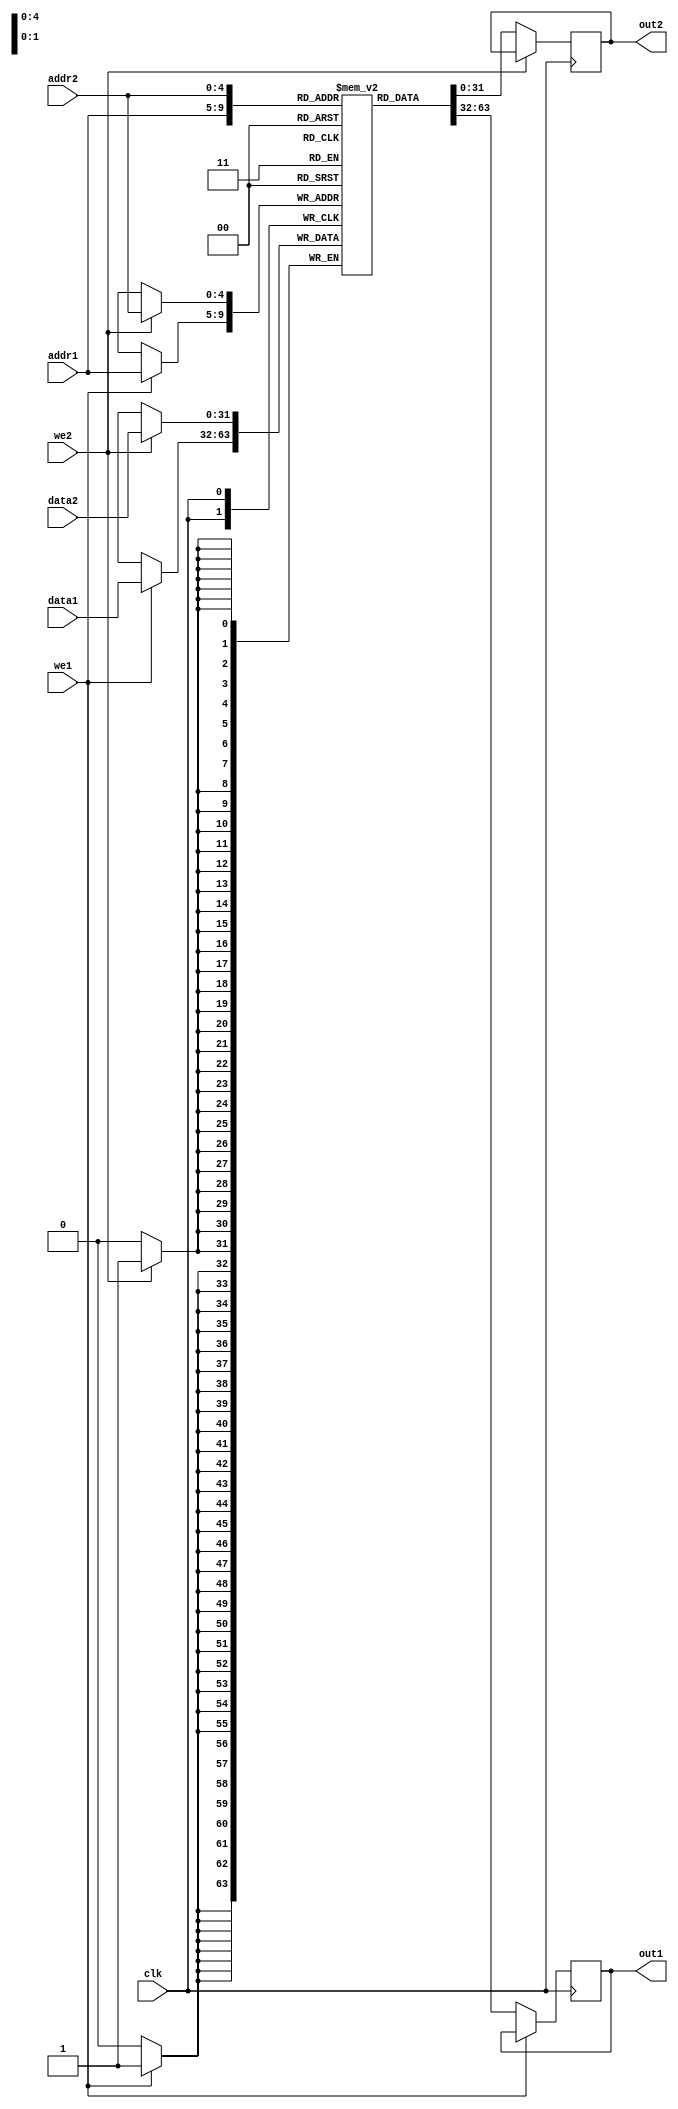
`define OR1200_DCFGR_NDP		3'h0	// Zero DVR/DCR pairs
`define OR1200_DCFGR_WPCI		1'b0	// WP counters not impl.

`define OR1200_DCFGR_RES1		28'h0000000




`define OR1200_M2R_BYTE0 4'b0000
`define OR1200_M2R_BYTE1 4'b0001
`define OR1200_M2R_BYTE2 4'b0010
`define OR1200_M2R_BYTE3 4'b0011
`define OR1200_M2R_EXTB0 4'b0100
`define OR1200_M2R_EXTB1 4'b0101
`define OR1200_M2R_EXTB2 4'b0110
`define OR1200_M2R_EXTB3 4'b0111
`define OR1200_M2R_ZERO  4'b0000


`define OR1200_ICCFGR_NCW		3'h0	// 1 cache way
`define OR1200_ICCFGR_NCS 9	// Num cache sets
`define OR1200_ICCFGR_CBS 9	// 16 byte cache block
`define OR1200_ICCFGR_CWS		1'b0	// Irrelevant
`define OR1200_ICCFGR_CCRI		1'b1	// Cache control reg impl.
`define OR1200_ICCFGR_CBIRI		1'b1	// Cache block inv reg impl.
`define OR1200_ICCFGR_CBPRI		1'b0	// Cache block prefetch reg not impl.
`define OR1200_ICCFGR_CBLRI		1'b0	// Cache block lock reg not impl.
`define OR1200_ICCFGR_CBFRI		1'b1	// Cache block flush reg impl.
`define OR1200_ICCFGR_CBWBRI		1'b0	// Irrelevant
`define OR1200_ICCFGR_RES1		17'h00000

//`define OR1200_ICCFGR_NCW_BITS		2:0
//`define OR1200_ICCFGR_NCS_BITS		6:3
`define OR1200_ICCFGR_CBS_BITS		7
`define OR1200_ICCFGR_CWS_BITS		8
`define OR1200_ICCFGR_CCRI_BITS		9
`define OR1200_ICCFGR_CBIRI_BITS	10
`define OR1200_ICCFGR_CBPRI_BITS	11
`define OR1200_ICCFGR_CBLRI_BITS	12
`define OR1200_ICCFGR_CBFRI_BITS	13
`define OR1200_ICCFGR_CBWBRI_BITS	14
//`define OR1200_ICCFGR_RES1_BITS	31:15


`define OR1200_DCCFGR_NCW		3'h0	// 1 cache way
`define OR1200_DCCFGR_NCS 9	// Num cache sets
`define OR1200_DCCFGR_CBS 9	// 16 byte cache block
`define OR1200_DCCFGR_CWS		1'b0	// Write-through strategy
`define OR1200_DCCFGR_CCRI		1'b1	// Cache control reg impl.
`define OR1200_DCCFGR_CBIRI		1'b1	// Cache block inv reg impl.
`define OR1200_DCCFGR_CBPRI		1'b0	// Cache block prefetch reg not impl.
`define OR1200_DCCFGR_CBLRI		1'b0	// Cache block lock reg not impl.
`define OR1200_DCCFGR_CBFRI		1'b1	// Cache block flush reg impl.
`define OR1200_DCCFGR_CBWBRI		1'b0	// Cache block WB reg not impl.
`define OR1200_DCCFGR_RES1		17'h00000



//`define OR1200_DCCFGR_NCW_BITS		2:0
//`define OR1200_DCCFGR_NCS_BITS		6:3
`define OR1200_DCCFGR_CBS_BITS		7
`define OR1200_DCCFGR_CWS_BITS		8
`define OR1200_DCCFGR_CCRI_BITS		9
`define OR1200_DCCFGR_CBIRI_BITS	10
`define OR1200_DCCFGR_CBPRI_BITS	11
`define OR1200_DCCFGR_CBLRI_BITS	12
`define OR1200_DCCFGR_CBFRI_BITS	13
`define OR1200_DCCFGR_CBWBRI_BITS	14
//`define OR1200_DCCFGR_RES1_BITS	31:15


`define OR1200_IMMUCFGR_NTW		2'h0	// 1 TLB way
`define OR1200_IMMUCFGR_NTS 3'b101	// Num TLB sets
`define OR1200_IMMUCFGR_NAE		3'h0	// No ATB entry
`define OR1200_IMMUCFGR_CRI		1'b0	// No control reg
`define OR1200_IMMUCFGR_PRI		1'b0	// No protection reg
`define OR1200_IMMUCFGR_TEIRI		1'b1	// TLB entry inv reg impl
`define OR1200_IMMUCFGR_HTR		1'b0	// No HW TLB reload
`define OR1200_IMMUCFGR_RES1		20'h00000

// CPUCFGR fields
//`define OR1200_CPUCFGR_NSGF_BITS	3:0
`define OR1200_CPUCFGR_HGF_BITS	4
`define OR1200_CPUCFGR_OB32S_BITS	5
`define OR1200_CPUCFGR_OB64S_BITS	6
`define OR1200_CPUCFGR_OF32S_BITS	7
`define OR1200_CPUCFGR_OF64S_BITS	8
`define OR1200_CPUCFGR_OV64S_BITS	9
//`define OR1200_CPUCFGR_RES1_BITS	31:10

// CPUCFGR values
`define OR1200_CPUCFGR_NSGF		4'h0
`define OR1200_CPUCFGR_HGF		1'b0
`define OR1200_CPUCFGR_OB32S		1'b1
`define OR1200_CPUCFGR_OB64S		1'b0
`define OR1200_CPUCFGR_OF32S		1'b0
`define OR1200_CPUCFGR_OF64S		1'b0
`define OR1200_CPUCFGR_OV64S		1'b0
`define OR1200_CPUCFGR_RES1		22'h000000

// DMMUCFGR fields
/*
`define OR1200_DMMUCFGR_NTW_BITS	1:0
`define OR1200_DMMUCFGR_NTS_BITS	4:2
`define OR1200_DMMUCFGR_NAE_BITS	7:5
*/
`define OR1200_DMMUCFGR_CRI_BITS	8
`define OR1200_DMMUCFGR_PRI_BITS	9
`define OR1200_DMMUCFGR_TEIRI_BITS	10
`define OR1200_DMMUCFGR_HTR_BITS	11
//`define OR1200_DMMUCFGR_RES1_BITS	31:12

// DMMUCFGR values

`define OR1200_DMMUCFGR_NTW		2'h0	// 1 TLB way
`define OR1200_DMMUCFGR_NTS 3'b110	// Num TLB sets
`define OR1200_DMMUCFGR_NAE		3'h0	// No ATB entries
`define OR1200_DMMUCFGR_CRI		1'b0	// No control register
`define OR1200_DMMUCFGR_PRI		1'b0	// No protection reg
`define OR1200_DMMUCFGR_TEIRI		1'b1	// TLB entry inv reg impl.
`define OR1200_DMMUCFGR_HTR		1'b0	// No HW TLB reload
`define OR1200_DMMUCFGR_RES1		20'h00000


// IMMUCFGR fields
/*
`define OR1200_IMMUCFGR_NTW_BITS	1:0
`define OR1200_IMMUCFGR_NTS_BITS	4:2
`define OR1200_IMMUCFGR_NAE_BITS	7:5
*/
`define OR1200_IMMUCFGR_CRI_BITS	8
`define OR1200_IMMUCFGR_PRI_BITS	9
`define OR1200_IMMUCFGR_TEIRI_BITS	10
`define OR1200_IMMUCFGR_HTR_BITS	11

//`define OR1200_IMMUCFGR_RES1_BITS	31:12



`define OR1200_SPRGRP_SYS_VR		4'h0
`define OR1200_SPRGRP_SYS_UPR		4'h1
`define OR1200_SPRGRP_SYS_CPUCFGR	4'h2
`define OR1200_SPRGRP_SYS_DMMUCFGR	4'h3
`define OR1200_SPRGRP_SYS_IMMUCFGR	4'h4
`define OR1200_SPRGRP_SYS_DCCFGR	4'h5
`define OR1200_SPRGRP_SYS_ICCFGR	4'h6
`define OR1200_SPRGRP_SYS_DCFGR	4'h7

// VR fields
/*
`define OR1200_VR_REV_BITS		5:0
`define OR1200_VR_RES1_BITS		15:6
`define OR1200_VR_CFG_BITS		23:16
`define OR1200_VR_VER_BITS		31:24
*/
// VR values
`define OR1200_VR_REV			6'h01
`define OR1200_VR_RES1			10'h000
`define OR1200_VR_CFG			8'h00
`define OR1200_VR_VER			8'h12

`define OR1200_UPR_UP_BITS		0
`define OR1200_UPR_DCP_BITS		1
`define OR1200_UPR_ICP_BITS		2
`define OR1200_UPR_DMP_BITS		3
`define OR1200_UPR_IMP_BITS		4
`define OR1200_UPR_MP_BITS		5
`define OR1200_UPR_DUP_BITS		6
`define OR1200_UPR_PCUP_BITS		7
`define OR1200_UPR_PMP_BITS		8
`define OR1200_UPR_PICP_BITS		9
`define OR1200_UPR_TTP_BITS		10
/*
`define OR1200_UPR_RES1_BITS		23:11
`define OR1200_UPR_CUP_BITS		31:24
*/

`define OR1200_UPR_RES1			13'h0000
`define OR1200_UPR_CUP			8'h00


`define OR1200_DU_DSR_WIDTH 14


`define OR1200_EXCEPT_UNUSED		3'hf
`define OR1200_EXCEPT_TRAP		3'he
`define OR1200_EXCEPT_BREAK		3'hd
`define OR1200_EXCEPT_SYSCALL		3'hc
`define OR1200_EXCEPT_RANGE		3'hb
`define OR1200_EXCEPT_ITLBMISS		3'ha
`define OR1200_EXCEPT_DTLBMISS		3'h9
`define OR1200_EXCEPT_INT		3'h8
`define OR1200_EXCEPT_ILLEGAL		3'h7
`define OR1200_EXCEPT_ALIGN		3'h6
`define OR1200_EXCEPT_TICK		3'h5
`define OR1200_EXCEPT_IPF		3'h4
`define OR1200_EXCEPT_DPF		3'h3
`define OR1200_EXCEPT_BUSERR		3'h2
`define OR1200_EXCEPT_RESET		3'h1
`define OR1200_EXCEPT_NONE		3'h0

`define OR1200_OPERAND_WIDTH		32
`define OR1200_REGFILE_ADDR_WIDTH	5
`define OR1200_ALUOP_WIDTH	4
`define OR1200_ALUOP_NOP	4'b000

`define OR1200_ALUOP_ADD	4'b0000
`define OR1200_ALUOP_ADDC	4'b0001
`define OR1200_ALUOP_SUB	4'b0010
`define OR1200_ALUOP_AND	4'b0011
`define OR1200_ALUOP_OR		4'b0100
`define OR1200_ALUOP_XOR	4'b0101
`define OR1200_ALUOP_MUL	4'b0110
`define OR1200_ALUOP_CUST5	4'b0111
`define OR1200_ALUOP_SHROT	4'b1000
`define OR1200_ALUOP_DIV	4'b1001
`define OR1200_ALUOP_DIVU	4'b1010

`define OR1200_ALUOP_IMM	4'b1011
`define OR1200_ALUOP_MOVHI	4'b1100
`define OR1200_ALUOP_COMP	4'b1101
`define OR1200_ALUOP_MTSR	4'b1110
`define OR1200_ALUOP_MFSR	4'b1111
`define OR1200_ALUOP_CMOV 4'b1110
`define OR1200_ALUOP_FF1  4'b1111

`define OR1200_MACOP_WIDTH	2
`define OR1200_MACOP_NOP	2'b00
`define OR1200_MACOP_MAC	2'b01
`define OR1200_MACOP_MSB	2'b10


`define OR1200_SHROTOP_WIDTH	2
`define OR1200_SHROTOP_NOP	2'b00
`define OR1200_SHROTOP_SLL	2'b00
`define OR1200_SHROTOP_SRL	2'b01
`define OR1200_SHROTOP_SRA	2'b10
`define OR1200_SHROTOP_ROR	2'b11

// Execution cycles per instruction
`define OR1200_MULTICYCLE_WIDTH	2
`define OR1200_ONE_CYCLE		2'b00
`define OR1200_TWO_CYCLES		2'b01

// Operand MUX selects
`define OR1200_SEL_WIDTH		2
`define OR1200_SEL_RF			2'b00
`define OR1200_SEL_IMM			2'b01
`define OR1200_SEL_EX_FORW		2'b10
`define OR1200_SEL_WB_FORW		2'b11

//
// BRANCHOPs
//
`define OR1200_BRANCHOP_WIDTH		3
`define OR1200_BRANCHOP_NOP		3'b000
`define OR1200_BRANCHOP_J		3'b001
`define OR1200_BRANCHOP_JR		3'b010
`define OR1200_BRANCHOP_BAL		3'b011
`define OR1200_BRANCHOP_BF		3'b100
`define OR1200_BRANCHOP_BNF		3'b101
`define OR1200_BRANCHOP_RFE		3'b110

//
// LSUOPs
//
// Bit 0: sign extend
// Bits 1-2: 00 doubleword, 01 byte, 10 halfword, 11 singleword
// Bit 3: 0 load, 1 store
`define OR1200_LSUOP_WIDTH		4
`define OR1200_LSUOP_NOP		4'b0000
`define OR1200_LSUOP_LBZ		4'b0010
`define OR1200_LSUOP_LBS		4'b0011
`define OR1200_LSUOP_LHZ		4'b0100
`define OR1200_LSUOP_LHS		4'b0101
`define OR1200_LSUOP_LWZ		4'b0110
`define OR1200_LSUOP_LWS		4'b0111
`define OR1200_LSUOP_LD		4'b0001
`define OR1200_LSUOP_SD		4'b1000
`define OR1200_LSUOP_SB		4'b1010
`define OR1200_LSUOP_SH		4'b1100
`define OR1200_LSUOP_SW		4'b1110

// FETCHOPs
`define OR1200_FETCHOP_WIDTH		1
`define OR1200_FETCHOP_NOP		1'b0
`define OR1200_FETCHOP_LW		1'b1

//
// Register File Write-Back OPs
//
// Bit 0: register file write enable
// Bits 2-1: write-back mux selects
`define OR1200_RFWBOP_WIDTH		3
`define OR1200_RFWBOP_NOP		3'b000
`define OR1200_RFWBOP_ALU		3'b001
`define OR1200_RFWBOP_LSU		3'b011
`define OR1200_RFWBOP_SPRS		3'b101
`define OR1200_RFWBOP_LR		3'b111

// Compare instructions
`define OR1200_COP_SFEQ       3'b000
`define OR1200_COP_SFNE       3'b001
`define OR1200_COP_SFGT       3'b010
`define OR1200_COP_SFGE       3'b011
`define OR1200_COP_SFLT       3'b100
`define OR1200_COP_SFLE       3'b101
`define OR1200_COP_X          3'b111
`define OR1200_SIGNED_COMPARE 3'b011
`define OR1200_COMPOP_WIDTH	4

//
// TAGs for instruction bus
//
`define OR1200_ITAG_IDLE	4'h0	// idle bus
`define	OR1200_ITAG_NI		4'h1	// normal insn
`define OR1200_ITAG_BE		4'hb	// Bus error exception
`define OR1200_ITAG_PE		4'hc	// Page fault exception
`define OR1200_ITAG_TE		4'hd	// TLB miss exception

//
// TAGs for data bus
//
`define OR1200_DTAG_IDLE	4'h0	// idle bus
`define	OR1200_DTAG_ND		4'h1	// normal data
`define OR1200_DTAG_AE		4'ha	// Alignment exception
`define OR1200_DTAG_BE		4'hb	// Bus error exception
`define OR1200_DTAG_PE		4'hc	// Page fault exception
`define OR1200_DTAG_TE		4'hd	// TLB miss exception



`define OR1200_DU_DSR_RSTE	0
`define OR1200_DU_DSR_BUSEE	1
`define OR1200_DU_DSR_DPFE	2
`define OR1200_DU_DSR_IPFE	3
`define OR1200_DU_DSR_TTE	4
`define OR1200_DU_DSR_AE	5
`define OR1200_DU_DSR_IIE	6
`define OR1200_DU_DSR_IE	7
`define OR1200_DU_DSR_DME	8
`define OR1200_DU_DSR_IME	9
`define OR1200_DU_DSR_RE	10
`define OR1200_DU_DSR_SCE	11
`define OR1200_DU_DSR_BE	12
`define OR1200_DU_DSR_TE	13
//////////////////////////////////////////////
//
// ORBIS32 ISA specifics
//

// SHROT_OP position in machine word
//`define OR1200_SHROTOP_POS		7:6

// ALU instructions multicycle field in machine word
//`define OR1200_ALUMCYC_POS		9:8

//
// Instruction opcode groups (basic)
//
`define OR1200_OR32_J                 6'b000000
`define OR1200_OR32_JAL               6'b000001
`define OR1200_OR32_BNF               6'b000011
`define OR1200_OR32_BF                6'b000100
`define OR1200_OR32_NOP               6'b000101
`define OR1200_OR32_MOVHI             6'b000110
`define OR1200_OR32_XSYNC             6'b001000
`define OR1200_OR32_RFE               6'b001001
/* */
`define OR1200_OR32_JR                6'b010001
`define OR1200_OR32_JALR              6'b010010
`define OR1200_OR32_MACI              6'b010011
/* */
`define OR1200_OR32_LWZ               6'b100001
`define OR1200_OR32_LBZ               6'b100011
`define OR1200_OR32_LBS               6'b100100
`define OR1200_OR32_LHZ               6'b100101
`define OR1200_OR32_LHS               6'b100110
`define OR1200_OR32_ADDI              6'b100111
`define OR1200_OR32_ADDIC             6'b101000
`define OR1200_OR32_ANDI              6'b101001
`define OR1200_OR32_ORI               6'b101010
`define OR1200_OR32_XORI              6'b101011
`define OR1200_OR32_MULI              6'b101100
`define OR1200_OR32_MFSPR             6'b101101
`define OR1200_OR32_SH_ROTI 	      6'b101110
`define OR1200_OR32_SFXXI             6'b101111
/* */
`define OR1200_OR32_MTSPR             6'b110000
`define OR1200_OR32_MACMSB            6'b110001
/* */
`define OR1200_OR32_SW                6'b110101
`define OR1200_OR32_SB                6'b110110
`define OR1200_OR32_SH                6'b110111
`define OR1200_OR32_ALU               6'b111000
`define OR1200_OR32_SFXX              6'b111001
`define OR1200_OR32_CUST5             6'b111100


/////////////////////////////////////////////////////
//
// Exceptions
//

//
// Exception vectors per OR1K architecture:
// 0xPPPPP100 - reset
// 0xPPPPP200 - bus error
// ... etc
// where P represents exception prefix.
//
// Exception vectors can be customized as per
// the following formula:
// 0xPPPPPNVV - exception N
//
// P represents exception prefix
// N represents exception N
// VV represents length of the individual vector space,
//   usually it is 8 bits wide and starts with all bits zero
//

//
// PPPPP and VV parts
//
// Sum of these two defines needs to be 28
//
`define OR1200_EXCEPT_EPH0_P 20'h00000
`define OR1200_EXCEPT_EPH1_P 20'hF0000
`define OR1200_EXCEPT_V		   8'h00

//
// N part width
//
`define OR1200_EXCEPT_WIDTH 4

`define OR1200_SPR_GROUP_SYS	5'b00000
`define OR1200_SPR_GROUP_DMMU	5'b00001
`define OR1200_SPR_GROUP_IMMU	5'b00010
`define OR1200_SPR_GROUP_DC	5'b00011
`define OR1200_SPR_GROUP_IC	5'b00100
`define OR1200_SPR_GROUP_MAC	5'b00101
`define OR1200_SPR_GROUP_DU	5'b00110
`define OR1200_SPR_GROUP_PM	5'b01000
`define OR1200_SPR_GROUP_PIC	5'b01001
`define OR1200_SPR_GROUP_TT	5'b01010


/////////////////////////////////////////////////////
//
// System group
//

//
// System registers
//
`define OR1200_SPR_CFGR		7'b0000000
`define OR1200_SPR_RF		6'b100000	// 1024 >> 5
`define OR1200_SPR_NPC		11'b00000010000
`define OR1200_SPR_SR		11'b00000010001
`define OR1200_SPR_PPC		11'b00000010010
`define OR1200_SPR_EPCR		11'b00000100000
`define OR1200_SPR_EEAR		11'b00000110000
`define OR1200_SPR_ESR		11'b00001000000

//
// SR bits
//
`define OR1200_SR_WIDTH 16
`define OR1200_SR_SM   0
`define OR1200_SR_TEE  1
`define OR1200_SR_IEE  2
`define OR1200_SR_DCE  3
`define OR1200_SR_ICE  4
`define OR1200_SR_DME  5
`define OR1200_SR_IME  6
`define OR1200_SR_LEE  7
`define OR1200_SR_CE   8
`define OR1200_SR_F    9
`define OR1200_SR_CY   10	// Unused
`define OR1200_SR_OV   11	// Unused
`define OR1200_SR_OVE  12	// Unused
`define OR1200_SR_DSX  13	// Unused
`define OR1200_SR_EPH  14
`define OR1200_SR_FO   15


//
// Bits that define offset inside the group

//
// Default Exception Prefix
//
// 1'b0 - OR1200_EXCEPT_EPH0_P (0x0000_0000)
// 1'b1 - OR1200_EXCEPT_EPH1_P (0xF000_0000)
//
`define OR1200_SR_EPH_DEF	1'b0

/////////////////////////////////////////////////////
//
// Power Management (PM)
//
// Bit positions inside PMR (don't change)

`define OR1200_PM_PMR_DME 4
`define OR1200_PM_PMR_SME 5
`define OR1200_PM_PMR_DCGE 6


// PMR offset inside PM group of registers
`define OR1200_PM_OFS_PMR 11'b0

// PM group
`define OR1200_SPRGRP_PM 5'b01000



// Define it if you want PIC implemented


// Define number of interrupt inputs (2-31)
`define OR1200_PIC_INTS 20

// Address offsets of PIC registers inside PIC group
`define OR1200_PIC_OFS_PICMR 2'b00
`define OR1200_PIC_OFS_PICSR 2'b10

// Position of offset bits inside SPR address


// Address offsets of TT registers inside TT group
`define OR1200_TT_OFS_TTMR 1'b0
`define OR1200_TT_OFS_TTCR 1'b1

// Position of offset bits inside SPR group
`define OR1200_TTOFS_BITS 0

// TTMR bits
`define OR1200_TT_TTMR_IP 28
`define OR1200_TT_TTMR_IE 29



//////////////////////////////////////////////
//
// MAC
//
`define OR1200_MAC_ADDR		0	// MACLO 0xxxxxxxx1, MACHI 0xxxxxxxx0
//
// Shift {MACHI,MACLO} into destination register when executing l.macrc
//
// According to architecture manual there is no shift, so default value is 0.
//
// However the implementation has deviated in this from the arch manual and had hard coded shift by 28 bits which
// is a useful optimization for MP3 decoding (if using libmad fixed point library). Shifts are no longer
// default setup, but if you need to remain backward compatible, define your shift bits, which were normally
// dest_GPR = {MACHI,MACLO}[59:28]
`define OR1200_MAC_SHIFTBY	0	// 0 = According to arch manual, 28 = obsolete backward compatibility


//////////////////////////////////////////////
//
// Data MMU (DMMU)
//

//
// Address that selects between TLB TR and MR
//
`define OR1200_DTLB_TM_ADDR	7

//
// DTLBMR fields
//
`define	OR1200_DTLBMR_V_BITS	0
// DTLBTR fields
//
`define	OR1200_DTLBTR_CC_BITS	0
`define	OR1200_DTLBTR_CI_BITS	1
`define	OR1200_DTLBTR_WBC_BITS	2
`define	OR1200_DTLBTR_WOM_BITS	3
`define	OR1200_DTLBTR_A_BITS	4
`define	OR1200_DTLBTR_D_BITS	5
`define	OR1200_DTLBTR_URE_BITS	6
`define	OR1200_DTLBTR_UWE_BITS	7
`define	OR1200_DTLBTR_SRE_BITS	8
`define	OR1200_DTLBTR_SWE_BITS	9
//
// DTLB configuration
//
`define	OR1200_DMMU_PS		13					// 13 for 8KB page size
`define	OR1200_DTLB_INDXW	6							// +5 because of protection bits and CI

//
// Cache inhibit while DMMU is not enabled/implemented
//
// cache inhibited 0GB-4GB		1'b1
// cache inhibited 0GB-2GB		!dcpu_adr_i[31]
// cache inhibited 0GB-1GB 2GB-3GB	!dcpu_adr_i[30]
// cache inhibited 1GB-2GB 3GB-4GB	dcpu_adr_i[30]
// cache inhibited 2GB-4GB (default)	dcpu_adr_i[31]
// cached 0GB-4GB			1'b0
//


//////////////////////////////////////////////
//
// Insn MMU (IMMU)
//

//
// Address that selects between TLB TR and MR
//
`define OR1200_ITLB_TM_ADDR	7

//
// ITLBMR fields
//
`define	OR1200_ITLBMR_V_BITS	0
//
// ITLBTR fields
//
`define	OR1200_ITLBTR_CC_BITS	0
`define	OR1200_ITLBTR_CI_BITS	1
`define	OR1200_ITLBTR_WBC_BITS	2
`define	OR1200_ITLBTR_WOM_BITS	3
`define	OR1200_ITLBTR_A_BITS	4
`define	OR1200_ITLBTR_D_BITS	5
`define	OR1200_ITLBTR_SXE_BITS	6
`define	OR1200_ITLBTR_UXE_BITS	7
//
// ITLB configuration
//
`define	OR1200_IMMU_PS 13					
`define	OR1200_ITLB_INDXW	6			

//
// Cache inhibit while IMMU is not enabled/implemented
// Note: all combinations that use icpu_adr_i cause async loop
//
// cache inhibited 0GB-4GB		1'b1
// cache inhibited 0GB-2GB		!icpu_adr_i[31]
// cache inhibited 0GB-1GB 2GB-3GB	!icpu_adr_i[30]
// cache inhibited 1GB-2GB 3GB-4GB	icpu_adr_i[30]
// cache inhibited 2GB-4GB (default)	icpu_adr_i[31]
// cached 0GB-4GB			1'b0
//
`define OR1200_IMMU_CI			1'b0


/////////////////////////////////////////////////
//
// Insn cache (IC)
//

// 3 for 8 bytes, 4 for 16 bytes etc
`define OR1200_ICLS		4

/////////////////////////////////////////////////
//
// Data cache (DC)
//

// 3 for 8 bytes, 4 for 16 bytes etc
`define OR1200_DCLS		4

// Define to perform store refill (potential performance penalty)
// `define OR1200_DC_STORE_REFILL

//
// DC configurations
`define OR1200_DCSIZE			12			// 4096

`define	OR1200_DCTAG_W			21



/////////////////////////////////////////////////
//
// Store buffer (SB)
//

//
// Store buffer
//
// It will improve performance by "caching" CPU stores
// using store buffer. This is most important for function
// prologues because DC can only work in write though mode
// and all stores would have to complete external WB writes
// to memory.
// Store buffer is between DC and data BIU.
// All stores will be stored into store buffer and immediately
// completed by the CPU, even though actual external writes
// will be performed later. As a consequence store buffer masks
// all data bus errors related to stores (data bus errors
// related to loads are delivered normally).
// All pending CPU loads will wait until store buffer is empty to
// ensure strict memory model. Right now this is necessary because
// we don't make destinction between cached and cache inhibited
// address space, so we simply empty store buffer until loads
// can begin.
//
// It makes design a bit bigger, depending what is the number of
// entries in SB FIFO. Number of entries can be changed further
// down.
//
//`define OR1200_SB_IMPLEMENTED

//
// Number of store buffer entries
//
// Verified number of entries are 4 and 8 entries
// (2 and 3 for OR1200_SB_LOG). OR1200_SB_ENTRIES must
// always match 2**OR1200_SB_LOG.
// To disable store buffer, undefine
// OR1200_SB_IMPLEMENTED.
//
`define OR1200_SB_LOG		2	// 2 or 3
`define OR1200_SB_ENTRIES	4	// 4 or 8


/////////////////////////////////////////////////
//
// Quick Embedded Memory (QMEM)
//

//
// Quick Embedded Memory
//
// Instantiation of dedicated insn/data memory (RAM or ROM).
// Insn fetch has effective throughput 1insn / clock cycle.
// Data load takes two clock cycles / access, data store
// takes 1 clock cycle / access (if there is no insn fetch)).
// Memory instantiation is shared between insn and data,
// meaning if insn fetch are performed, data load/store
// performance will be lower.
//
// Main reason for QMEM is to put some time critical functions
// into this memory and to have predictable and fast access
// to these functions. (soft fpu, context switch, exception
// handlers, stack, etc)
//
// It makes design a bit bigger and slower. QMEM sits behind
// IMMU/DMMU so all addresses are physical (so the MMUs can be
// used with QMEM and QMEM is seen by the CPU just like any other
// memory in the system). IC/DC are sitting behind QMEM so the
// whole design timing might be worse with QMEM implemented.
//
//
// Base address defines first address of QMEM. Mask defines
// QMEM range in address space. Actual size of QMEM is however
// determined with instantiated RAM/ROM. However bigger
// mask will reserve more address space for QMEM, but also
// make design faster, while more tight mask will take
// less address space but also make design slower. If
// instantiated RAM/ROM is smaller than space reserved with
// the mask, instatiated RAM/ROM will also be shadowed
// at higher addresses in reserved space.
//
`define OR1200_QMEM_IADDR	32'h00800000
`define OR1200_QMEM_IMASK	32'hfff00000	// Max QMEM size 1MB
`define OR1200_QMEM_DADDR  32'h00800000
`define OR1200_QMEM_DMASK  32'hfff00000 // Max QMEM size 1MB

//
// QMEM interface byte-select capability
//
// To enable qmem_sel* ports, define this macro.
//
//`define OR1200_QMEM_BSEL

//
// QMEM interface acknowledge
//
// To enable qmem_ack port, define this macro.
//
//`define OR1200_QMEM_ACK

/////////////////////////////////////////////////////
//
// VR, UPR and Configuration Registers
//
//
// VR, UPR and configuration registers are optional. If 
// implemented, operating system can automatically figure
// out how to use the processor because it knows 
// what units are available in the processor and how they
// are configured.
//
// This section must be last in or1200_defines.v file so
// that all units are already configured and thus
// configuration registers are properly set.

// Offsets of VR, UPR and CFGR registers
`define OR1200_SPRGRP_SYS_VR		4'h0
`define OR1200_SPRGRP_SYS_UPR		4'h1
`define OR1200_SPRGRP_SYS_CPUCFGR	4'h2
`define OR1200_SPRGRP_SYS_DMMUCFGR	4'h3
`define OR1200_SPRGRP_SYS_IMMUCFGR	4'h4
`define OR1200_SPRGRP_SYS_DCCFGR	4'h5
`define OR1200_SPRGRP_SYS_ICCFGR	4'h6
`define OR1200_SPRGRP_SYS_DCFGR	4'h7

// VR fields
// VR values
`define OR1200_VR_REV			6'h01
`define OR1200_VR_RES1			10'h000
`define OR1200_VR_CFG			8'h00
`define OR1200_VR_VER			8'h12


// UPR values
`define OR1200_UPR_UP			1'b1
`define OR1200_UPR_DCP			1'b1

`define OR1200_UPR_ICP			1'b1

`define OR1200_UPR_DMP			1'b1

`define OR1200_UPR_IMP			1'b1

`define OR1200_UPR_MP			1'b1	// MAC always present

`define OR1200_UPR_DUP			1'b1


`define OR1200_UPR_PCUP			1'b0	// Performance counters not present

`define OR1200_UPR_PMP			1'b1

`define OR1200_UPR_PICP			1'b1

`define OR1200_UPR_TTP			1'b1

`define OR1200_UPR_RES1			13'h0000
`define OR1200_UPR_CUP			8'h00


`define OR1200_CPUCFGR_HGF_BITS	4
`define OR1200_CPUCFGR_OB32S_BITS	5
`define OR1200_CPUCFGR_OB64S_BITS	6
`define OR1200_CPUCFGR_OF32S_BITS	7
`define OR1200_CPUCFGR_OF64S_BITS	8
`define OR1200_CPUCFGR_OV64S_BITS	9

// CPUCFGR values
`define OR1200_CPUCFGR_NSGF		4'h0
`define OR1200_CPUCFGR_HGF		1'b0
`define OR1200_CPUCFGR_OB32S		1'b1
`define OR1200_CPUCFGR_OB64S		1'b0
`define OR1200_CPUCFGR_OF32S		1'b0
`define OR1200_CPUCFGR_OF64S		1'b0
`define OR1200_CPUCFGR_OV64S		1'b0
`define OR1200_CPUCFGR_RES1		22'h000000

// DMMUCFGR fields
`define OR1200_DMMUCFGR_CRI_BITS	8
`define OR1200_DMMUCFGR_PRI_BITS	9
`define OR1200_DMMUCFGR_TEIRI_BITS	10
`define OR1200_DMMUCFGR_HTR_BITS	11

// DMMUCFGR values
`define OR1200_DMMUCFGR_NTW		2'h0	// 1 TLB way
`define OR1200_DMMUCFGR_NAE		3'h0	// No ATB entries
`define OR1200_DMMUCFGR_CRI		1'b0	// No control register
`define OR1200_DMMUCFGR_PRI		1'b0	// No protection reg
`define OR1200_DMMUCFGR_TEIRI		1'b1	// TLB entry inv reg impl.
`define OR1200_DMMUCFGR_HTR		1'b0	// No HW TLB reload
`define OR1200_DMMUCFGR_RES1		20'h00000


// IMMUCFGR fields
`define OR1200_IMMUCFGR_CRI_BITS	8
`define OR1200_IMMUCFGR_PRI_BITS	9
`define OR1200_IMMUCFGR_TEIRI_BITS	10
`define OR1200_IMMUCFGR_HTR_BITS	11
// IMMUCFGR values
`define OR1200_IMMUCFGR_NTW		2'h0	// 1 TLB way
`define OR1200_IMMUCFGR_NAE		3'h0	// No ATB entry
`define OR1200_IMMUCFGR_CRI		1'b0	// No control reg
`define OR1200_IMMUCFGR_PRI		1'b0	// No protection reg
`define OR1200_IMMUCFGR_TEIRI		1'b1	// TLB entry inv reg impl
`define OR1200_IMMUCFGR_HTR		1'b0	// No HW TLB reload
`define OR1200_IMMUCFGR_RES1		20'h00000


`define OR1200_DCCFGR_CBS_BITS		7
`define OR1200_DCCFGR_CWS_BITS		8
`define OR1200_DCCFGR_CCRI_BITS		9
`define OR1200_DCCFGR_CBIRI_BITS	10
`define OR1200_DCCFGR_CBPRI_BITS	11
`define OR1200_DCCFGR_CBLRI_BITS	12
`define OR1200_DCCFGR_CBFRI_BITS	13
`define OR1200_DCCFGR_CBWBRI_BITS	14

// DCCFGR values
`define OR1200_DCCFGR_NCW		3'h0	// 1 cache way
`define OR1200_DCCFGR_CWS		1'b0	// Write-through strategy
`define OR1200_DCCFGR_CCRI		1'b1	// Cache control reg impl.
`define OR1200_DCCFGR_CBIRI		1'b1	// Cache block inv reg impl.
`define OR1200_DCCFGR_CBPRI		1'b0	// Cache block prefetch reg not impl.
`define OR1200_DCCFGR_CBLRI		1'b0	// Cache block lock reg not impl.
`define OR1200_DCCFGR_CBFRI		1'b1	// Cache block flush reg impl.
`define OR1200_DCCFGR_CBWBRI		1'b0	// Cache block WB reg not impl.
`define OR1200_DCCFGR_RES1		17'h00000


// ICCFGR fields
`define OR1200_ICCFGR_CBS_BITS		7
`define OR1200_ICCFGR_CWS_BITS		8
`define OR1200_ICCFGR_CCRI_BITS		9
`define OR1200_ICCFGR_CBIRI_BITS	10
`define OR1200_ICCFGR_CBPRI_BITS	11
`define OR1200_ICCFGR_CBLRI_BITS	12
`define OR1200_ICCFGR_CBFRI_BITS	13
`define OR1200_ICCFGR_CBWBRI_BITS	14

`define OR1200_ICCFGR_NCW		3'h0	// 1 cache way
`define OR1200_ICCFGR_CWS		1'b0	// Irrelevant
`define OR1200_ICCFGR_CCRI		1'b1	// Cache control reg impl.
`define OR1200_ICCFGR_CBIRI		1'b1	// Cache block inv reg impl.
`define OR1200_ICCFGR_CBPRI		1'b0	// Cache block prefetch reg not impl.
`define OR1200_ICCFGR_CBLRI		1'b0	// Cache block lock reg not impl.
`define OR1200_ICCFGR_CBFRI		1'b1	// Cache block flush reg impl.
`define OR1200_ICCFGR_CBWBRI		1'b0	// Irrelevant
`define OR1200_ICCFGR_RES1		17'h00000


// DCFGR fields
`define OR1200_DCFGR_WPCI_BITS		3

// DCFGR values

`define OR1200_DCFGR_NDP		3'h0	// Zero DVR/DCR pairs
`define OR1200_DCFGR_WPCI		1'b0	// WP counters not impl.

`define OR1200_DCFGR_RES1		28'h0000000
module dual_port_ram (
	input clk,
	input we1,
	input we2,
	input [`OR1200_REGFILE_ADDR_WIDTH - 1 : 0] addr1,
	input [`OR1200_OPERAND_WIDTH - 1 : 0] data1,
	output [`OR1200_OPERAND_WIDTH - 1 : 0] out1,
	input [`OR1200_REGFILE_ADDR_WIDTH - 1 : 0] addr2,
	input [`OR1200_OPERAND_WIDTH - 1 : 0] data2,
	output [`OR1200_OPERAND_WIDTH - 1 : 0] out2
);

	reg [`OR1200_OPERAND_WIDTH - 1 : 0] ram[2**`OR1200_REGFILE_ADDR_WIDTH - 1 : 0];
	reg [`OR1200_OPERAND_WIDTH - 1 : 0] data_out1;
	reg [`OR1200_OPERAND_WIDTH - 1 : 0] data_out2;

	assign out1 = data_out1;
	assign out2 = data_out2;

    // If writen enable 1 is activated,
    // data1 will be loaded through addr1
    // Otherwise, data will be read out through addr1
	always @(posedge clk) begin
		if (we1) begin
			ram[addr1] <= data1;
        end else begin
			data_out1 <= ram[addr1];
		end
	end

    // If writen enable 2 is activated,
    // data1 will be loaded through addr2
    // Otherwise, data will be read out through addr2
	always @(posedge clk) begin
		if (we2) begin
			ram[addr2] <= data2;
		end else begin
			data_out2 <= ram[addr2];
		end
	end
endmodule